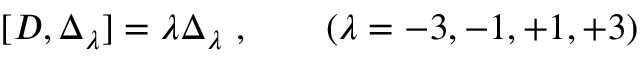
[ D , \Delta _ { \lambda } ] = \lambda \Delta _ { \lambda } \ , \qquad ( \lambda = - 3 , - 1 , + 1 , + 3 )